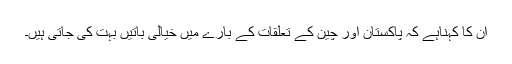
ان کا کہناہے کہ پاکستان اور چین کے تعلقات کے بارے میں خیالی باتیں بہت کی جاتی ہیں۔